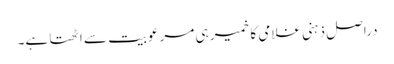
دراصل ذہنی غلامی کا خمیر ہی مرعوبیت سے اٹھتا ہے۔